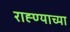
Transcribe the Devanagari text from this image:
राह्ण्याच्या